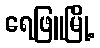
ရေဖြူမြို့